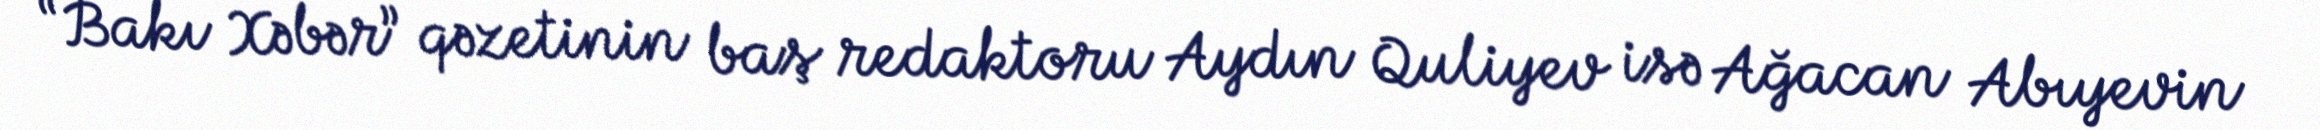
“Bakı Xəbər” qəzetinin baş redaktoru Aydın Quliyev isə Ağacan Abıyevin